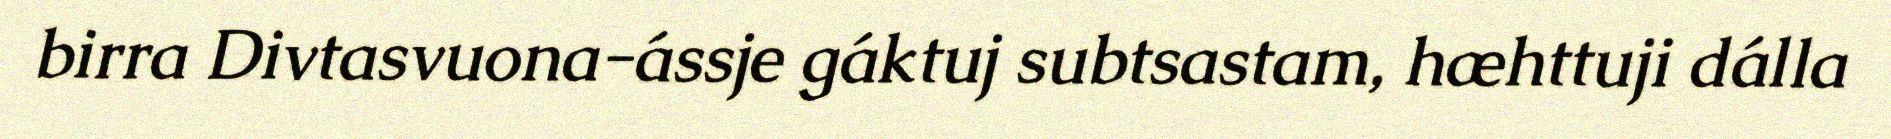
birra Divtasvuona-ássje gáktuj subtsastam, hæhttuji dálla